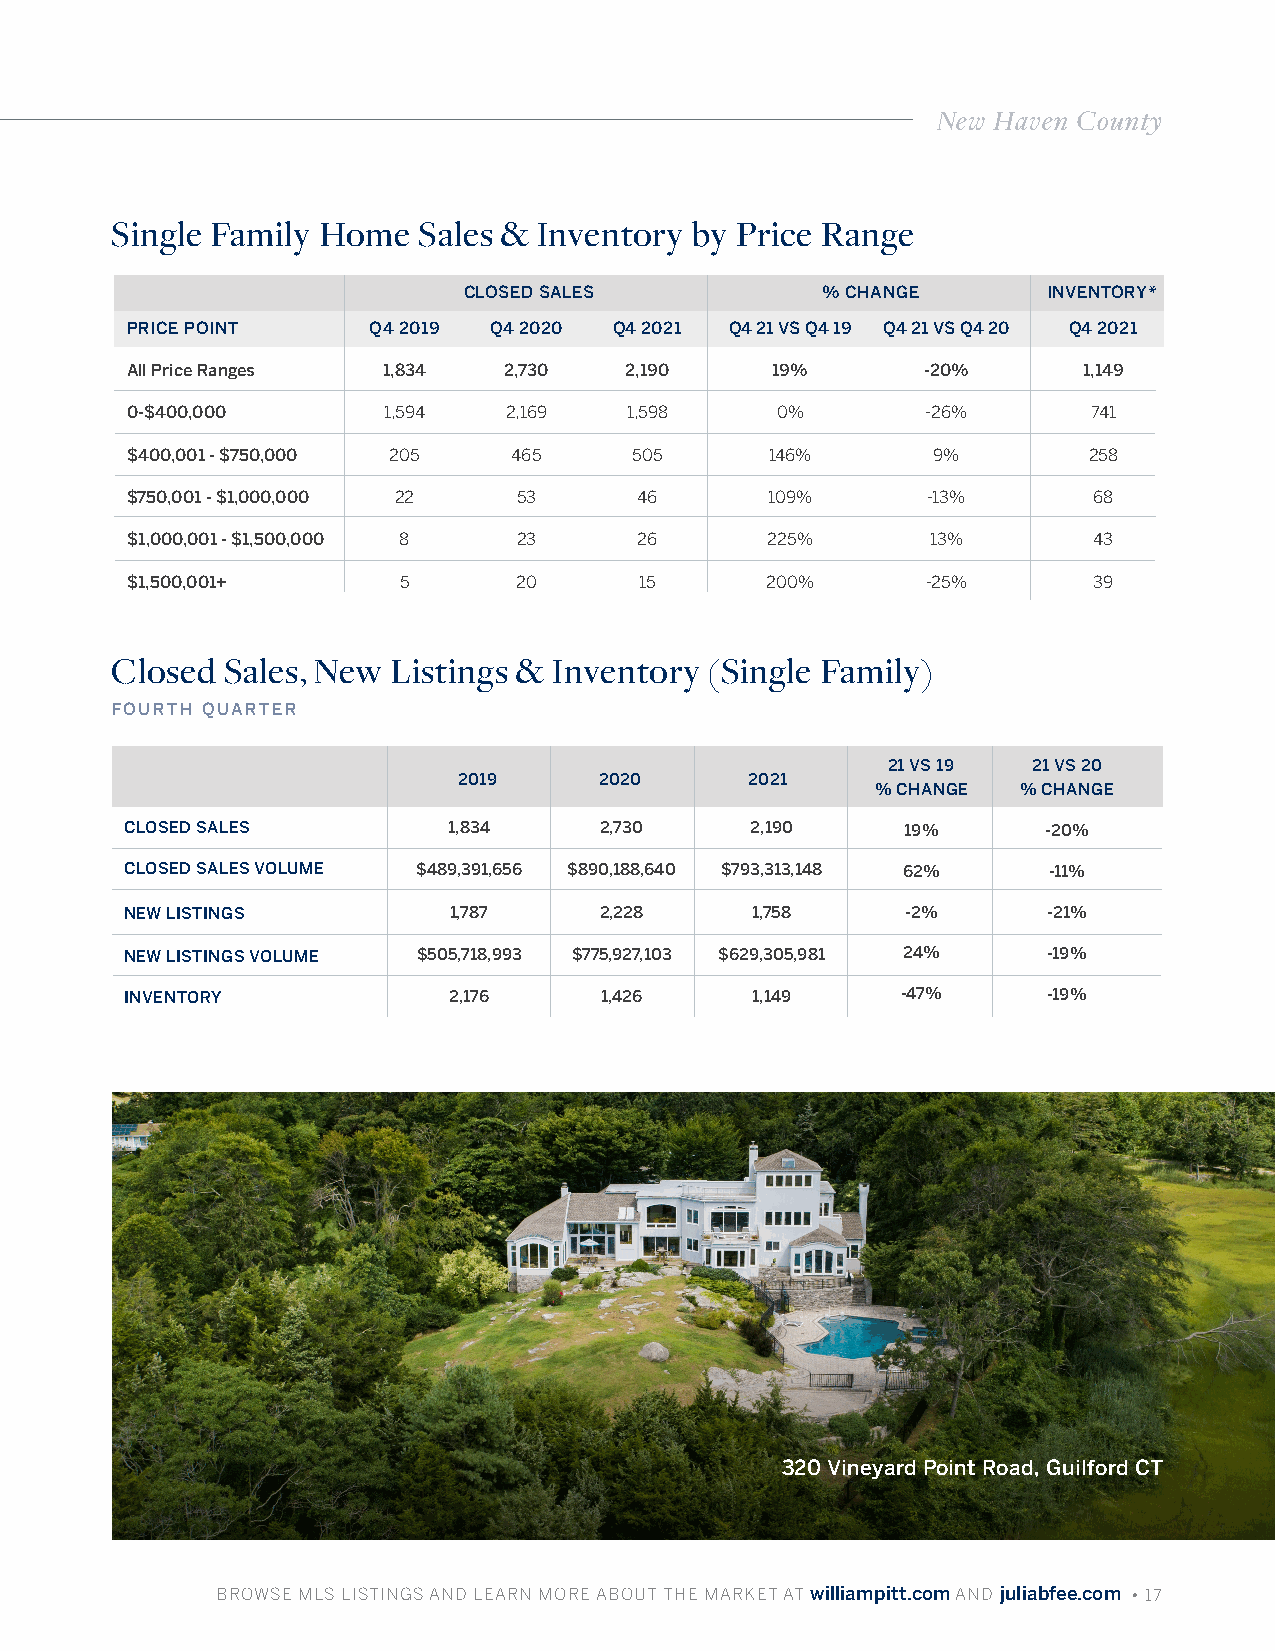
New Haven County
 Single Family Home   Sales & Inventory by Price Range
 CLOSED SALES           % CHANGE       INVENTORY*
 PRICE POINT     Q4 2019 Q4 2020  Q4 2021 Q4 21 VS Q4 19 Q4 21 VS Q4 20 Q4 2021
 All Price Ranges 1,834   2,730   2,190     19%       -20%       1,149
 0-$400,000       1,594   2,169   1,598     0%        -26%       741
 $400,001 - $750,000 205   465     505      146%       9%        258
 $750,001 - $1,000,000 22  53      46       109%      -13%       68
 $1,000,001 - $1,500,000 8 23      26       225%       13%       43
 $1,500,001+       5       20      15       200%      -25%       39
 Closed  Sales, New Listings & Inventory (Single Family)
 FOURTH QUARTER
 21 VS 19 21 VS 20
 2019      2020      2021
 % CHANGE  % CHANGE
 CLOSED SALES          1,834     2,730     2,190     19%      -20%
 CLOSED SALES VOLUME $489,391,656 $890,188,640 $793,313,148 62% -11%
 NEW LISTINGS          1,787     2,228     1,758     -2%      -21%
 NEW LISTINGS VOLUME $505,718,993 $775,927,103 $629,305,981 24% -19%
 INVENTORY             2,176     1,426     1,149     -47%     -19%
 320 Vineyard Point Road, Guilford CT
 BBRROOWWSSEE MMLLSS LLIISSTTIINNGGSS AANNDD LLEEAARRNN MMOORREE AABBOOUUTT TTHHEE MMAARRKKEETT AATT wwiilllliiaammppiitttt..ccoomm AANNDD jjuulliiaabbffeeee..ccoomm • 17